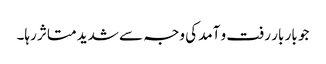
جو بار بار رفت و آمد کی وجہ سے شدید متاثر رہا۔